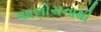
અલોચનાથી